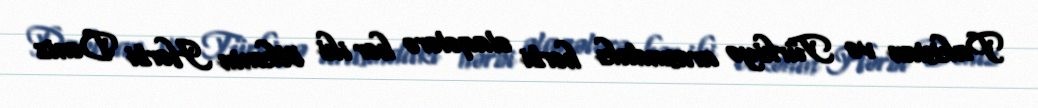
Pakistan və Türkiyə arasındakı hərbi əlaqələrə hər iki ölkənin Hərbi Dəniz